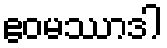
ဧဝမဿာဒါ